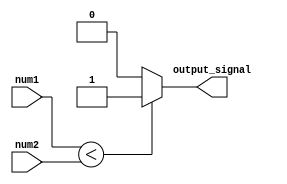
module less_than_comparator(
    input [7:0] num1,
    input [7:0] num2,
    output reg output_signal
);

always @(*) begin
    if (num1 < num2) begin
        output_signal <= 1; // num1 is less than num2
    end else begin
        output_signal <= 0; // num1 is not less than num2
    end
end

endmodule